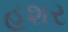
હશર